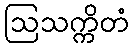
ဩသက္ကိတံ